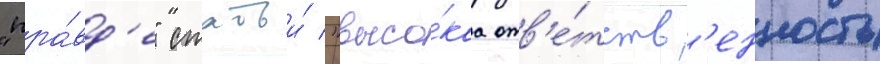
"пра́вд'е" статьи́ "высо́каа отв'е́тств'енность